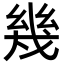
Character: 幾